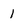
Character: 1